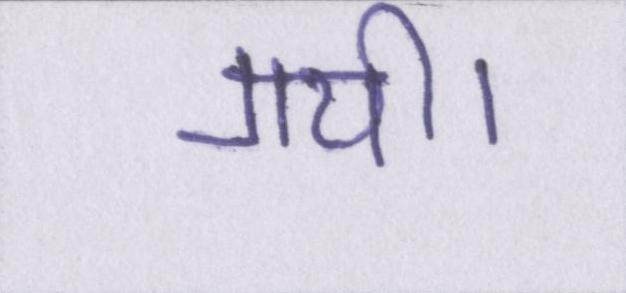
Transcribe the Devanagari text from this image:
गयी।